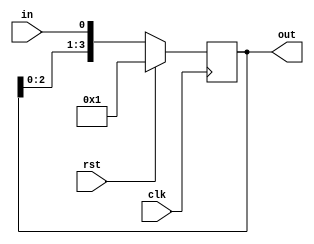
`timescale 1ns / 1ps

module shift(
    input clk,
    input rst,
    input in,
    output reg [3:0] out
    );
    
    
    
    always @(posedge clk)
    begin
       if (rst) out = 4'b0001;
        else 
            out = {out[2:0], in};
       end
endmodule